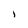
Character: 1